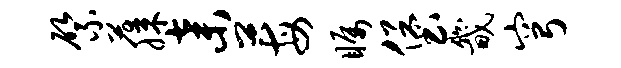
綮藤弃莓瞩堡畿穹